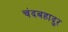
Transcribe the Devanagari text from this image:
चंदबहादुर